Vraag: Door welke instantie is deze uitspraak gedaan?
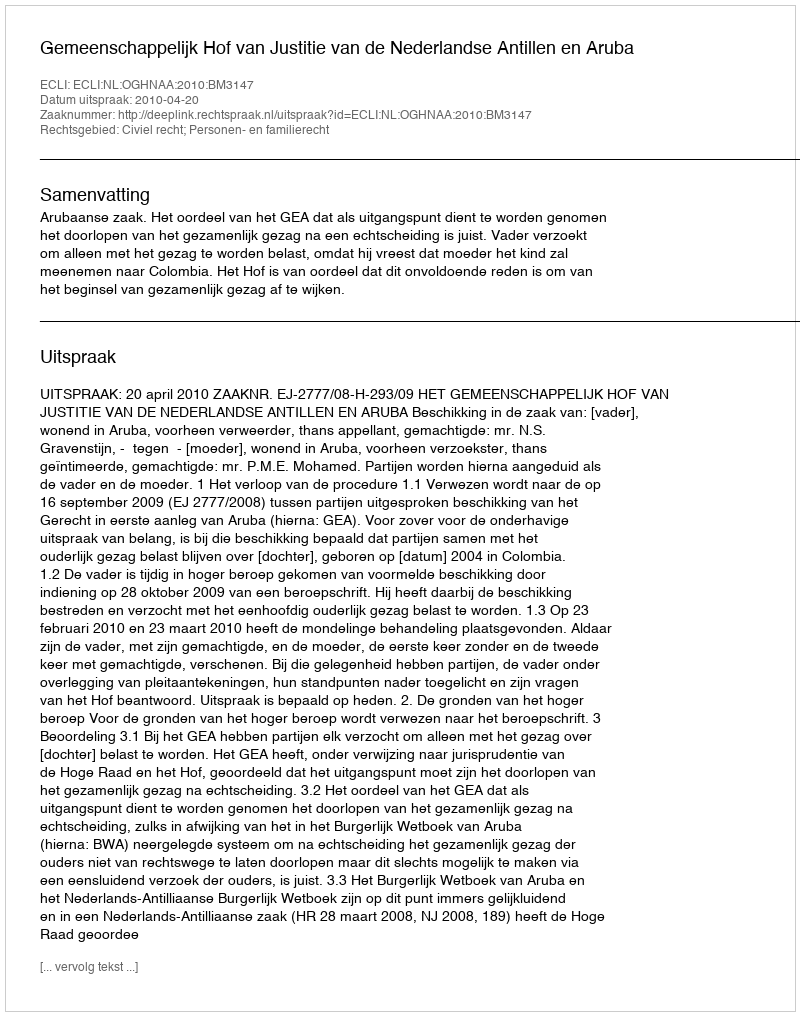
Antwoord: Gemeenschappelijk Hof van Justitie van de Nederlandse Antillen en Aruba